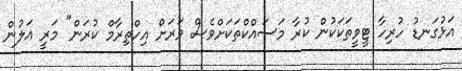
އަޅުގަނޑު ހުރިހާ ޓީވީތަކަކުން ކުރާ މަސައްކްތަކަށްވެސް ވަރަށް އިހްތިރާމް ކުރަން" މަރީ އަލުން